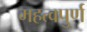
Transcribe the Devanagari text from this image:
महत्‍वपुर्ण